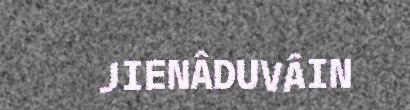
JIENÂDUVÂIN